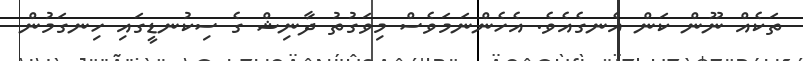
ތަކެއް ނޫން ކަން އެނގެއެވެ. އެހެންނަމަވެސް މިވަގުތު ދާނިޝް ގެ ސިކުނޑީގައި ހިނގަމުން